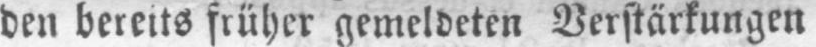
den bereits früher gemeldeten Verstärkungen